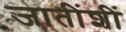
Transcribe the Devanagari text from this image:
जातींशीं